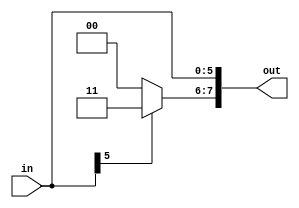

module Sign_Extend(
  input [5:0] in,
  output [7:0] out);
  reg [1:0] Extention;
  
  assign out = {Extention,in};
  
  always@(*)
  begin
    if(in[5] == 0)
      Extention = 2'b00;
    else
      Extention = 2'b11;
  end
endmodule